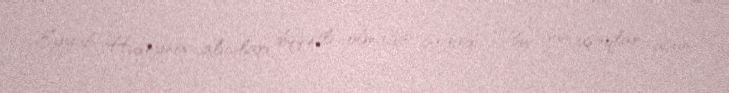
Eyyub Hüseynov alıcıları diqqətli olmağa çağırdı; “Bu gün uşaqlar üçün